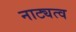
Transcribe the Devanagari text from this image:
नाट्यत्व